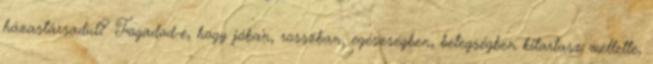
házastársadul? Fogadod-e, hogy jóban, rosszban, egészségben, betegségben kitartasz mellette,